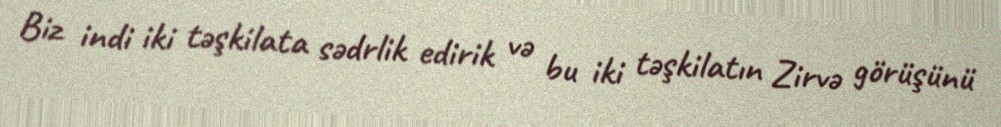
Biz indi iki təşkilata sədrlik edirik və bu iki təşkilatın Zirvə görüşünü